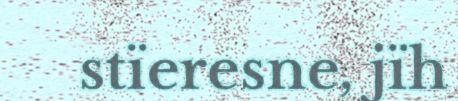
stïeresne, jïh